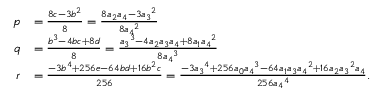
{ \begin{array} { r l } { p } & { = { \frac { 8 c - 3 b ^ { 2 } } { 8 } } = { \frac { 8 a _ { 2 } a _ { 4 } - 3 { a _ { 3 } } ^ { 2 } } { 8 { a _ { 4 } } ^ { 2 } } } } \\ { q } & { = { \frac { b ^ { 3 } - 4 b c + 8 d } { 8 } } = { \frac { { a _ { 3 } } ^ { 3 } - 4 a _ { 2 } a _ { 3 } a _ { 4 } + 8 a _ { 1 } { a _ { 4 } } ^ { 2 } } { 8 { a _ { 4 } } ^ { 3 } } } } \\ { r } & { = { \frac { - 3 b ^ { 4 } + 2 5 6 e - 6 4 b d + 1 6 b ^ { 2 } c } { 2 5 6 } } = { \frac { - 3 { a _ { 3 } } ^ { 4 } + 2 5 6 a _ { 0 } { a _ { 4 } } ^ { 3 } - 6 4 a _ { 1 } a _ { 3 } { a _ { 4 } } ^ { 2 } + 1 6 a _ { 2 } { a _ { 3 } } ^ { 2 } a _ { 4 } } { 2 5 6 { a _ { 4 } } ^ { 4 } } } . } \end{array} }